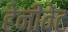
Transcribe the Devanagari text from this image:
हेनीवेंट